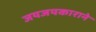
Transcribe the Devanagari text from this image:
जयजयकाराने